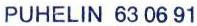
PUHELIN 63 06 91